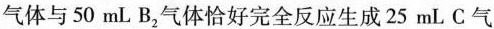
气体与50mLB_{2|气体恰好完全反应生成25mL C气